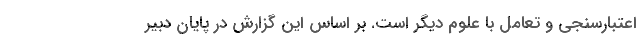
اعتبارسنجی و تعامل با علوم دیگر است. بر اساس این گزارش در پایان دبیر